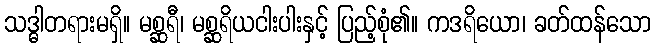
သဒ္ဓါတရားမရှိ။ မစ္ဆရီ၊ မစ္ဆရိယငါးပါးနှင့် ပြည့်စုံ၏။ ကဒရိယော၊ ခတ်ထန်သော